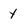
Character: y